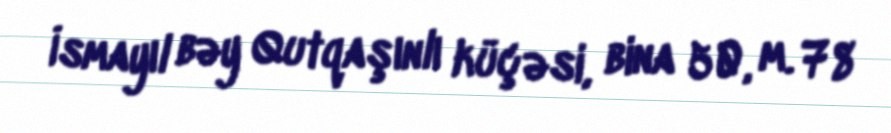
İsmayıl bəy Qutqaşınlı küçəsi, bina 50, m. 78